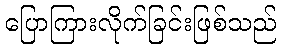
ပြောကြားလိုက်ခြင်းဖြစ်သည်